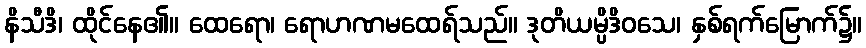
နိသီဒိ၊ ထိုင်နေ၏။ ထေရော၊ ရောဟဏမထေရ်သည်။ ဒုတိယမ္ပိဒိဝသေ၊ နှစ်ရက်မြောက်၌။